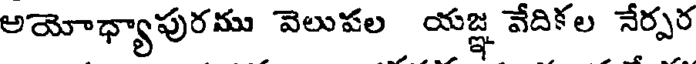
అయోధ్యాపురము వెలుపల యజ్ఞ వేదికల నేర్పర